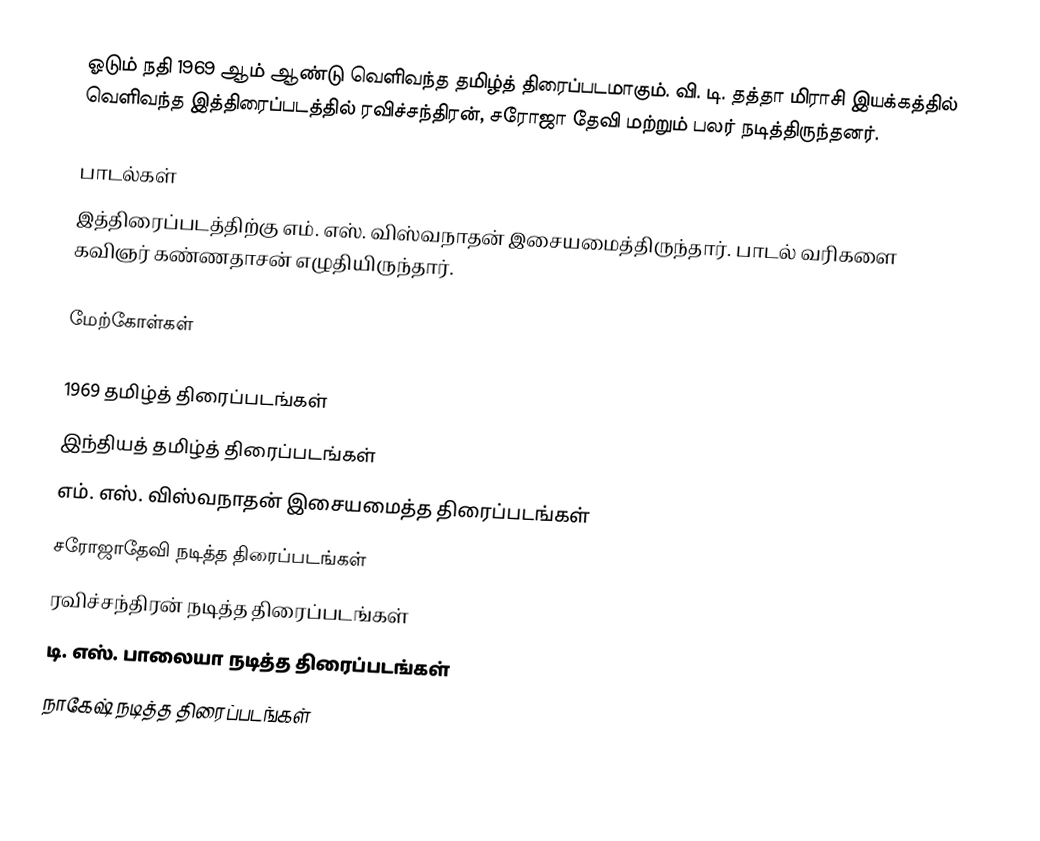
ஓடும் நதி 1969 ஆம் ஆண்டு வெளிவந்த தமிழ்த் திரைப்படமாகும். வி. டி. தத்தா மிராசி இயக்கத்தில் வெளிவந்த இத்திரைப்படத்தில் ரவிச்சந்திரன், சரோஜா தேவி மற்றும் பலர் நடித்திருந்தனர்.

பாடல்கள்
இத்திரைப்படத்திற்கு எம். எஸ். விஸ்வநாதன் இசையமைத்திருந்தார். பாடல் வரிகளை கவிஞர் கண்ணதாசன் எழுதியிருந்தார்.

மேற்கோள்கள்

1969 தமிழ்த் திரைப்படங்கள்
இந்தியத் தமிழ்த் திரைப்படங்கள்
எம். எஸ். விஸ்வநாதன் இசையமைத்த திரைப்படங்கள்
சரோஜாதேவி நடித்த திரைப்படங்கள்
ரவிச்சந்திரன் நடித்த திரைப்படங்கள்
டி. எஸ். பாலையா நடித்த திரைப்படங்கள்
நாகேஷ் நடித்த திரைப்படங்கள்